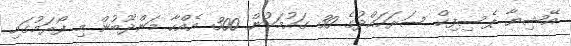
އޭޝިޔާ ޕެސިފިކް ސަރަހައްދުގެ 30 ގައުމަކުން 300 އެއްހާ މަންދޫބުން މި ފޯރަމުގައި